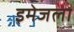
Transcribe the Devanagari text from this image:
इमेजला